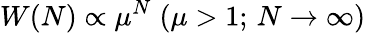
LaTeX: W(N)\propto\mu^{N}\; (\mu>1;\, N\to\infty)